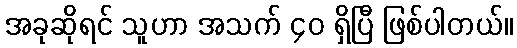
အခုဆိုရင် သူဟာ အသက် ၄၀ ရှိပြီ ဖြစ်ပါတယ်။